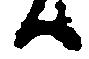
ハ